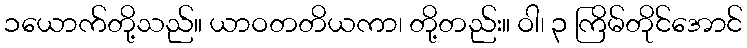
၁ယောက်တို့သည်။ ယာဝတတိယကာ၊ တို့တည်း။ ဝါ၊ ၃ ကြိမ်တိုင်အောင်